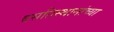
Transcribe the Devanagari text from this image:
वसतिस्थानांच्या